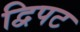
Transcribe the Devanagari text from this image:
द्विपट